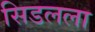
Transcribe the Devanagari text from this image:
सिडलला